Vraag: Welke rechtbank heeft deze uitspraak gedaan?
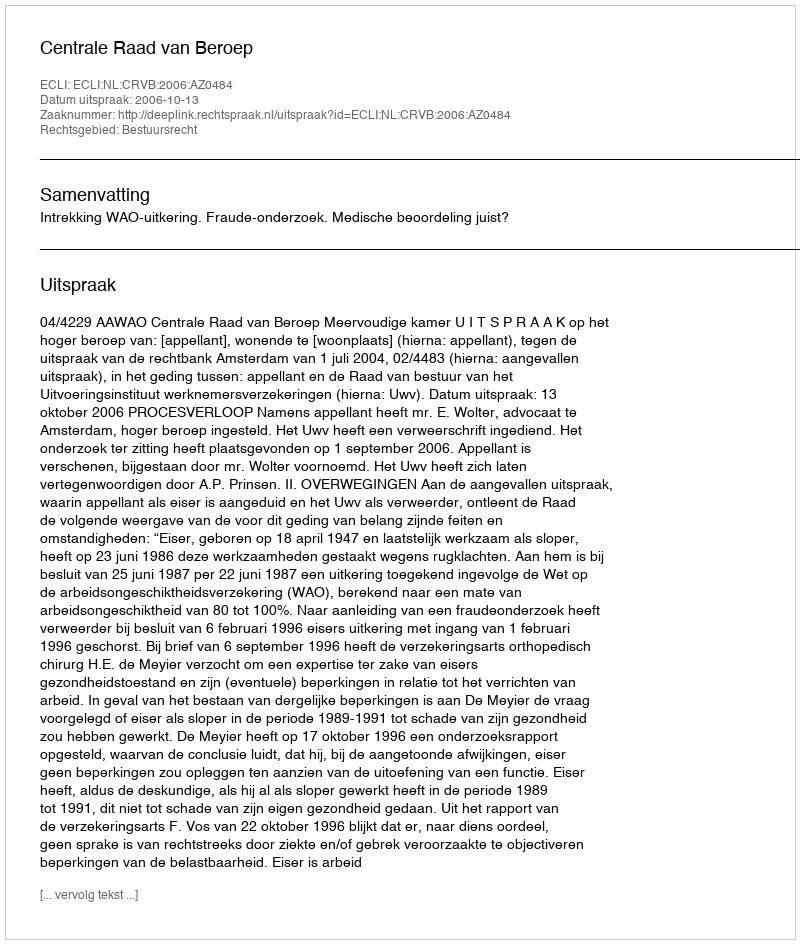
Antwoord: Centrale Raad van Beroep